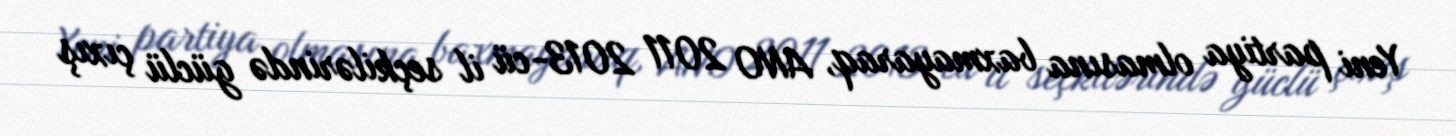
Yeni partiya olmasına baxmayaraq, ANO 2011 2013-cü il seçkilərində güclü çıxış